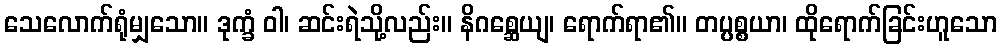
သေလောက်ရုံမျှသော။ ဒုက္ခံ ဝါ၊ ဆင်းရဲသို့လည်း။ နိဂစ္ဆေယျ၊ ရောက်ရာ၏။ တပ္ပစ္စယာ၊ ထိုရောက်ခြင်းဟူသော